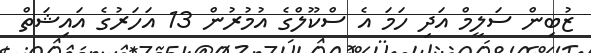
ޒުބިން ސަލީމް އަދި ހަމަ އެ ސްކޫލްގެ އުމުރުން 13 އަހަރުގެ އައިޝަތް